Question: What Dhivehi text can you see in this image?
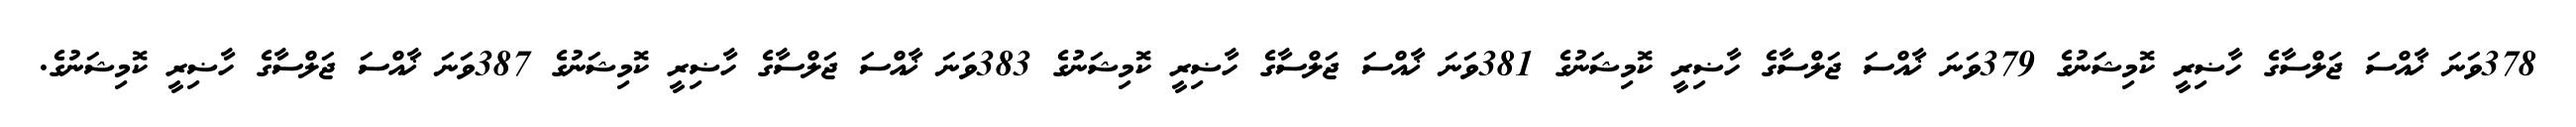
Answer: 378ވަނަ ޚާއްސަ ޖަލްސާގެ ހާޟިރީ ކޮމިޝަނުގެ 379ވަނަ ޚާއްސަ ޖަލްސާގެ ހާޟިރީ ކޮމިޝަނުގެ 381ވަނަ ޚާއްސަ ޖަލްސާގެ ހާޟިރީ ކޮމިޝަނުގެ 383ވަނަ ޚާއްސަ ޖަލްސާގެ ހާޟިރީ ކޮމިޝަނުގެ 387ވަނަ ޚާއްސަ ޖަލްސާގެ ހާޟިރީ ކޮމިޝަނުގެ.